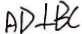
A D \bot B C